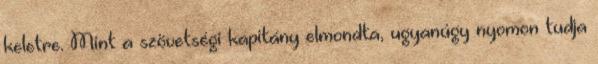
keletre. Mint a szövetségi kapitány elmondta, ugyanúgy nyomon tudja